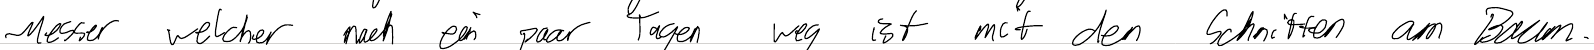
Messer welcher nach ein paar Tagen weg ist mit den Schnitten am Baum.